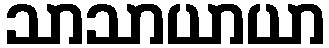
သာသာယာယာ